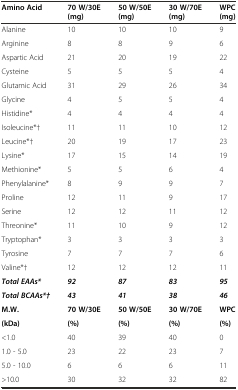
<table><thead><tr><td><b>Amino Acid</b></td><td><b>70 W/30E (mg)</b></td><td><b>50 W/50E (mg)</b></td><td><b>30 W/70E (mg)</b></td><td><b>WPC (mg)</b></td></tr></thead><tbody><tr><td>Alanine</td><td>10</td><td>10</td><td>10</td><td>9</td></tr><tr><td>Arginine</td><td>8</td><td>8</td><td>9</td><td>6</td></tr><tr><td>Aspartic Acid</td><td>21</td><td>20</td><td>19</td><td>22</td></tr><tr><td>Cysteine</td><td>5</td><td>5</td><td>5</td><td>4</td></tr><tr><td>Glutamic Acid</td><td>31</td><td>29</td><td>26</td><td>34</td></tr><tr><td>Glycine</td><td>4</td><td>5</td><td>5</td><td>4</td></tr><tr><td>Histidine*</td><td>4</td><td>4</td><td>4</td><td>4</td></tr><tr><td>Isoleucine*†</td><td>11</td><td>11</td><td>10</td><td>12</td></tr><tr><td>Leucine*†</td><td>20</td><td>19</td><td>17</td><td>23</td></tr><tr><td>Lysine*</td><td>17</td><td>15</td><td>14</td><td>19</td></tr><tr><td>Methionine*</td><td>5</td><td>5</td><td>6</td><td>4</td></tr><tr><td>Phenylalanine*</td><td>8</td><td>9</td><td>9</td><td>7</td></tr><tr><td>Proline</td><td>12</td><td>11</td><td>9</td><td>17</td></tr><tr><td>Serine</td><td>12</td><td>12</td><td>11</td><td>12</td></tr><tr><td>Threonine*</td><td>11</td><td>10</td><td>9</td><td>12</td></tr><tr><td>Tryptophan*</td><td>3</td><td>3</td><td>3</td><td>3</td></tr><tr><td>Tyrosine</td><td>7</td><td>7</td><td>7</td><td>6</td></tr><tr><td>Valine*†</td><td>12</td><td>12</td><td>12</td><td>11</td></tr><tr><td><b><i>Total EAAs*</i></b></td><td><b><i>92</i></b></td><td><b><i>87</i></b></td><td><b><i>83</i></b></td><td><b><i>95</i></b></td></tr><tr><td><b><i>Total BCAAs*†</i></b></td><td><b><i>43</i></b></td><td><b><i>41</i></b></td><td><b><i>38</i></b></td><td><b><i>46</i></b></td></tr><tr><td><b>M.W.</b></td><td><b>70 W/30E</b></td><td><b>50 W/50E</b></td><td><b>30 W/70E</b></td><td><b>WPC</b></td></tr><tr><td><b>(kDa)</b></td><td><b>(%)</b></td><td><b>(%)</b></td><td><b>(%)</b></td><td><b>(%)</b></td></tr><tr><td>&lt;1.0</td><td>40</td><td>39</td><td>40</td><td>0</td></tr><tr><td>1.0 - 5.0</td><td>23</td><td>22</td><td>23</td><td>7</td></tr><tr><td>5.0 - 10.0</td><td>6</td><td>6</td><td>6</td><td>11</td></tr><tr><td>&gt;10.0</td><td>30</td><td>32</td><td>32</td><td>82</td></tr></tbody></table>